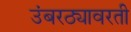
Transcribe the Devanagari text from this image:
उंबरठ्यावरती